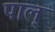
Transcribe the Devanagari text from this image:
पाल्